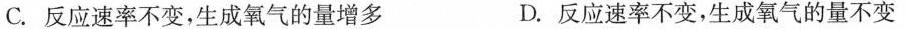
C.反应速率不变，生成氧气的量增多 D.反应速率不变，生成氧气的量不变